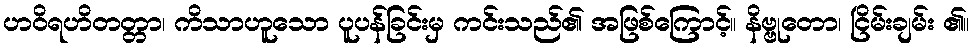
ဟဝိရဟိတတ္တာ၊ ကိသာဟူသော ပူပန်ခြင်းမှ ကင်းသည်၏ အဖြစ်ကြောင့်။ နိဗ္ဗုတော၊ ငြိမ်းချမ်း ၏။